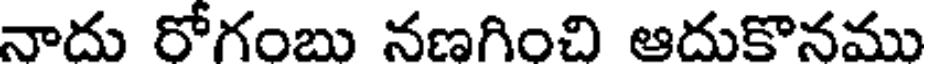
నాదు రోగంబు నణగించి ఆదుకొనము